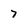
Character: 7